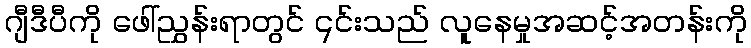
ဂျီဒီပီကို ဖေါ်ညွှန်းရာတွင် ၎င်းသည် လူနေမှုအဆင့်အတန်းကို